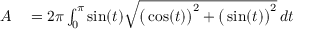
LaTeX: \begin{array} { r l } { A } & { { } { } = 2 \pi \int _ { 0 } ^ { \pi } \sin ( t ) { \sqrt { { \big ( } \cos ( t ) { \big ) } ^ { 2 } + { \big ( } \sin ( t ) { \big ) } ^ { 2 } } } \, d t } \end{array}